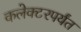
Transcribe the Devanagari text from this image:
कलेक्टरपर्यंत